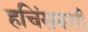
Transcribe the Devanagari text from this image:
हचिंसनशी